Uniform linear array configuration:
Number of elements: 48
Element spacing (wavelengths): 0.5
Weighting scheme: hann
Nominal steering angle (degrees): -45
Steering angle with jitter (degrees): -46.681
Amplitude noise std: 0.05
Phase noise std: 0.05

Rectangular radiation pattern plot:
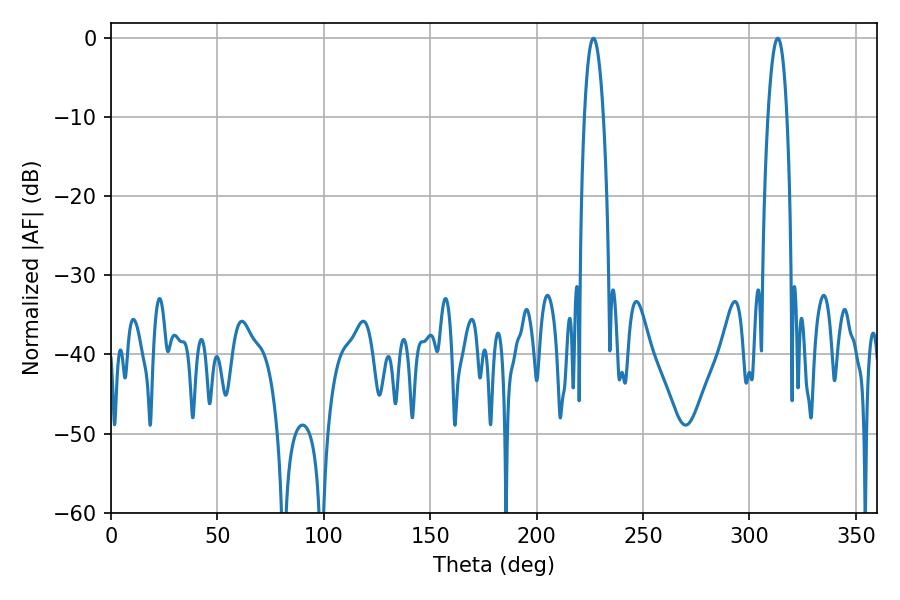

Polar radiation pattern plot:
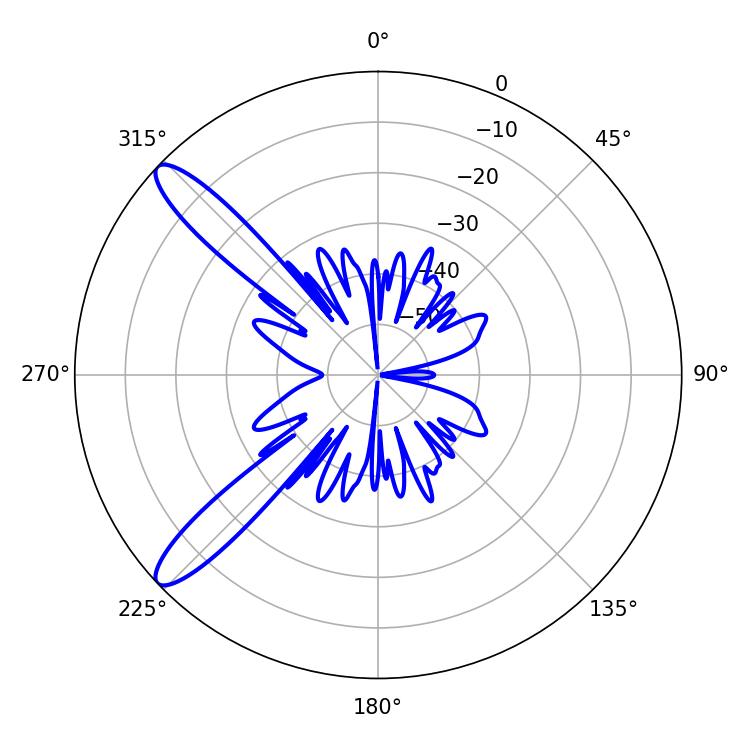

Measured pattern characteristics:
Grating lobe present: FALSE
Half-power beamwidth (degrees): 4.86
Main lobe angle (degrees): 226.62